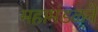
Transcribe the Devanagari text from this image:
महामंडळने